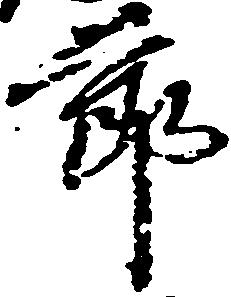
節